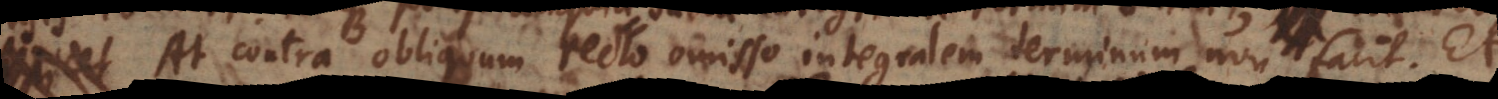
At contra obliquum recto omisso integralem terminum non facit. Et